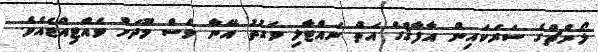
ލޯންޗްގެ ސަރަކައިން އާފާޤްގެ އަތް ނައްޓާލި ވަގުތު އޭނާ ވެސް މޫދަށް ވެއްޓިއްޖެއެވެ.